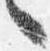
々